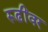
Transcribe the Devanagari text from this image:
रूढींवर